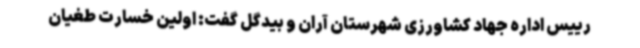
رییس اداره جهاد کشاورزی شهرستان آران و بیدگل گفت: اولین خسارت طغیان